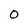
Character: O